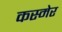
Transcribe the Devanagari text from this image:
कस्मेर